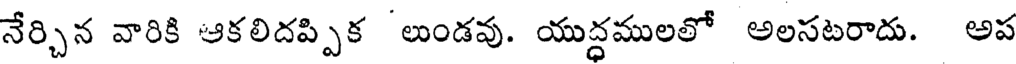
నేర్చిన వారికి ఆకలిదప్పిక 'లుండవు. యుద్ధములలో అలసటరాదు. అప